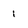
Character: 1